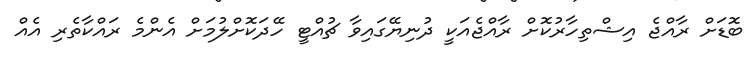
ބޮޑަށް ރާއްޖެ އިޝްތިހާރުކޮށް ރާއްޖެއަކީ ދުނިޔޭގައިވާ ޗުއްޓީ ހޭދަކޮށްލުމަށް އެންމެ ރައްކާތެރި އެއް